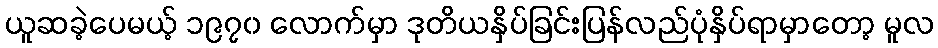
ယူဆခဲ့ပေမယ့် ၁၉၇၀ လောက်မှာ ဒုတိယနှိပ်ခြင်းပြန်လည်ပုံနှိပ်ရာမှာတော့ မူလ